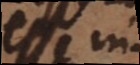
esse in